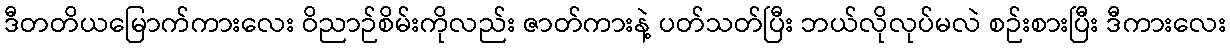
ဒီတတိယမြောက်ကားလေး ဝိညာဉ်စိမ်းကိုလည်း ဇာတ်ကားနဲ့ ပတ်သတ်ပြီး ဘယ်လိုလုပ်မလဲ စဉ်းစားပြီး ဒီကားလေး